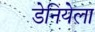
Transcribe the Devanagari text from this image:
डेनियेला